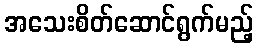
အသေးစိတ်ဆောင်ရွက်မည့်